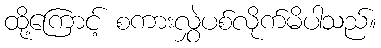
ထို့ကြောင့် စကားလွှဲပစ်လိုက်မိပါသည်။